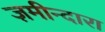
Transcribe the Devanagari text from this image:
ज़मीन्दारा